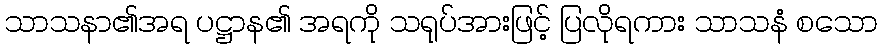
သာသနာ၏အရ ပဋ္ဌာန၏ အရကို သရုပ်အားဖြင့် ပြလိုရကား သာသနံ စသော